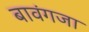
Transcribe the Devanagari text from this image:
बावंगजा